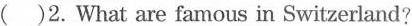
( )2.What are famous in Switzerland?